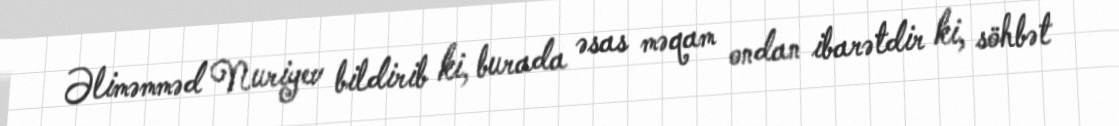
Əliməmməd Nuriyev bildirib ki, burada əsas məqam ondan ibarətdir ki, söhbət